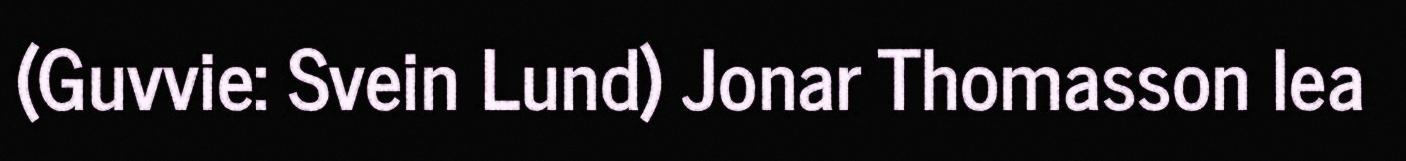
(Guvvie: Svein Lund) Jonar Thomasson lea